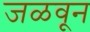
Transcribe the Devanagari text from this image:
जळवून